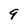
Character: 9